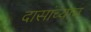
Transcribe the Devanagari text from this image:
दासांच्याच